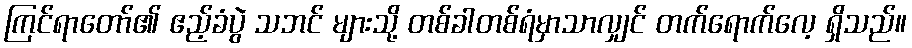
ကြင်ရာတော်၏ ဧည့်ခံပွဲ သဘင် များသို့ တစ်ခါတစ်ရံမှာသာလျှင် တက်ရောက်လေ့ ရှိသည်။